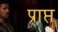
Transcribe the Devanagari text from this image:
प्राप्त